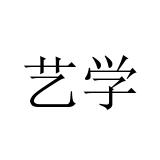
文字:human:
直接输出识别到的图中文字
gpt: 艺学